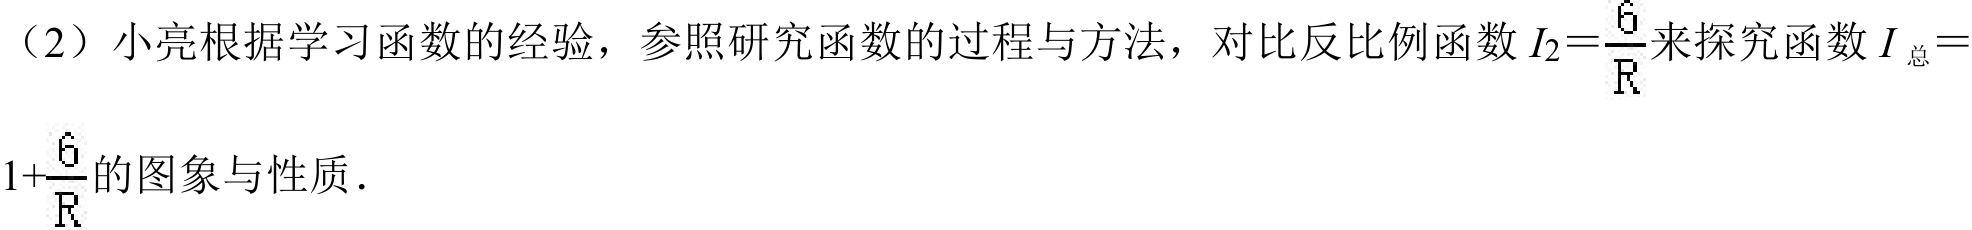
（2）小亮根据学习函数的经验，参照研究函数的过程与方法，对比反比例函数\(I_{2}=\frac{6}{R}\)来探究函数\(I_{总}=1 + \frac{6}{R}\)的图象与性质.